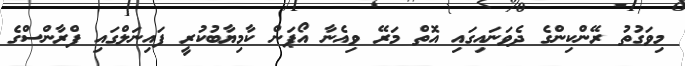
މިވަގުތު ރޭންކިންގެ ދެވަނައިގައި އޮތް މަރޭ ވިއެނާ އޯޕަން ކާމިޔާބުކުރީ ފައިނަލްގައި ފްރާންސްގެ